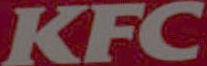
KFC